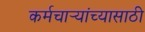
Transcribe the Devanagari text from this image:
कर्मचार्‍यांच्यासाठी